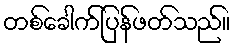
တစ်ခေါက်ပြန်ဖတ်သည်။